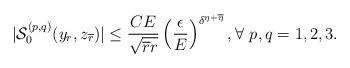
LaTeX: \begin{align*}|{\cal S}^{(p, q)}_0(y_r,z_{\overline{r}})|\leq\frac{CE}{\sqrt{\overline{r}r}}\left(\frac{\epsilon}{E}\right)^{\delta^{\eta+\overline{\eta}}},\forall \ p,q=1,2,3.\end{align*}